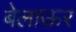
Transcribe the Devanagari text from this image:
बेलाऊर